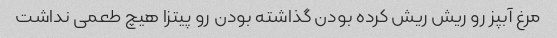
مرغ آبپز رو‌ ریش ریش کرده بودن گذاشته بودن رو پیتزا هیچ طعمی نداشت